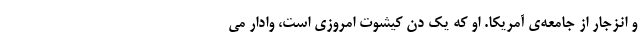
و انزجار از جامعه‌ی آمریکا. او که یک دن کیشوت امروزی است، وادار می